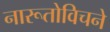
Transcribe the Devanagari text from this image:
नारूतोविचने